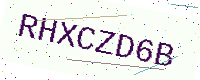
Text: RHXCZD6B